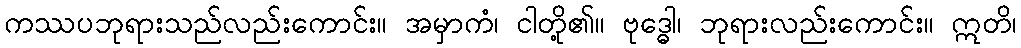
ကဿပဘုရားသည်လည်းကောင်း။ အမှာကံ၊ ငါတို့၏။ ဗုဒ္ဓေါ၊ ဘုရားလည်းကောင်း။ ဣတိ၊